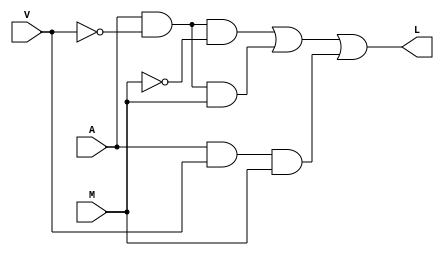
//Jos Alejandro Rodrguez Porras 19131
//Electrnica Digital
//Lab 4 Ejercicio 5
//Variables:
//A = Sistema de Alarma : 1 = armado
//V = sensor de ventana/puerta : 1 = OK
//M = sensor de movimiento : 0 = no movimiento
//L = Alarma y luces encendidas : 1 = se enciende
//Mdulos con Gate Level Modelling
//SOP = AV'M'+AV'M+AVM
module gsop05(input wire A, V, M, output wire L);

    wire nv, nm, w1, w2, w3;
    
    not (nv, V);
    not (nm, M);
    and (w1, A, nv, nm);
    and (w2, A, nv, M);
    and (w3, A, V, M);
    or (L, w1, w2, w3);

endmodule

//POS = (A+V+M)*(A+V+M')*(A+V'+M)*(A+V'+M')*(A'+V'+M)
module gpos05(input wire A, V, M, output wire L);

    wire na, nv, nm, w1, w2, w3, w4, w5;
    
    not (na, A);
    not (nv, V);
    not (nm, M);
    or (w1, A, V, M);
    or (w2, A, V, nm);
    or (w3, A, nv, M);
    or (w4, A, nv, nm);
    or (w5, na, nv, M);
    and (L, w1, w2, w3, w4, w5);

endmodule

//Ecuacin minimizada con mapa de Karnaugh: Y = AV'+AM
module g05(input wire A, V, M, output wire L);

    wire nv, w1, w2;

    not (nv, V);
    and (w1, A, nv);
    and (w2, A, M);
    or (L, w1, w2);

endmodule

//Mdulos con Behavioral Modelling
//SOP = AV'M'+AV'M+AVM
module opsop05(input wire A, V, M, output wire L);

    assign L = (A & ~V & ~M) | (A & ~V & M) | (A & V & M);

endmodule

//POS = (A+V+M)*(A+V+M')*(A+V'+M)*(A+V'+M')*(A'+V'+M)
 module oppos05(input wire A, V, M, output wire L);

    assign L = (A | V | M) & (A | V | ~M) & (A | ~V | M) & (A | ~V | ~M) & (~A | ~V | M);

endmodule

//Ecuacin minimizada con mapa de Karnaugh: Y = AV'+AM
module op05(input wire A, V, M, output L);

    assign L = (A & ~V) | (A & M);

endmodule